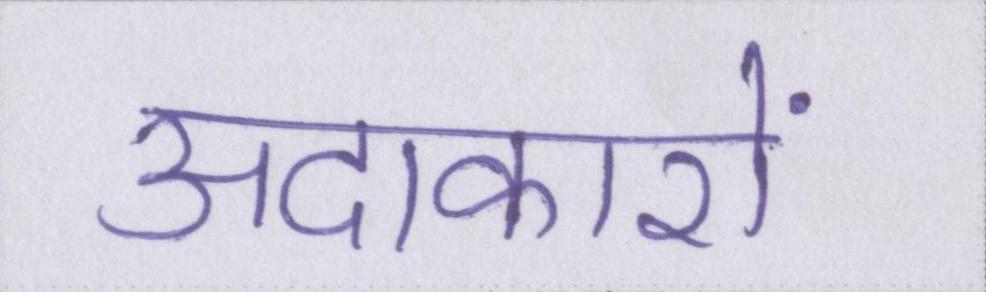
अदाकारों